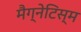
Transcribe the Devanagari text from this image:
मैग्नेटिस्म